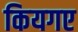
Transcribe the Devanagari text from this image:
कियगए